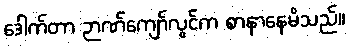
ဒေါက်တာ ဉာဏ်ကျော်လွင်က စာနာနေမိသည်။